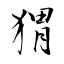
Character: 猬